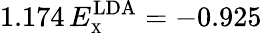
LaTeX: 1.174\, E_{\scriptscriptstyle\mathrm{X}}^{\mathrm{LDA}}=-0.925